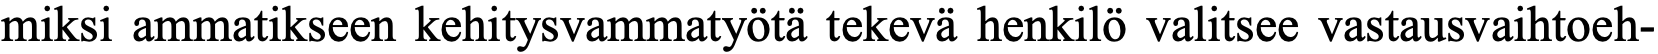
miksi ammatikseen kehitysvammatyötä tekevä henkilö valitsee vastausvaihtoeh-